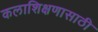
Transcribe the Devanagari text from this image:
कलाशिक्षणासाठी